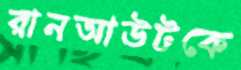
রানআউটকে